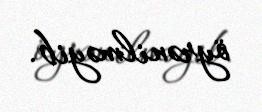
öyrənilməyib.